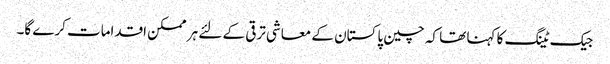
جیک ٹینگ کا کہنا تھا کہ چین پاکستان کے معاشی ترقی کے لئے ہر ممکن اقدامات کرے گا۔